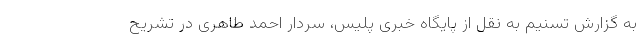
به گزارش تسنیم به نقل از پایگاه خبری پلیس، سردار ‌احمد طاهری‌ در تشریح